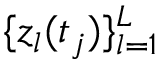
\{ z _ { l } ( t _ { j } ) \} _ { l = 1 } ^ { L }